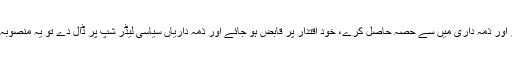
اگر ملٹری لیڈرشپ کی خواہش تھی کہ وہ اختیار اور ذمہ داری میں سے حصہ حاصل کرے، خود اقتدار پر قابض ہو جائے اور ذمہ داریاں سیاسی لیڈر شپ پر ڈال دے تو یہ منصوبہ بھر پور طریقے سے پایہ تکمیل پہنچ چکا ہے۔